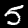
Digit: 5